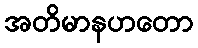
အတိမာနဟတော